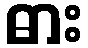
ဓား